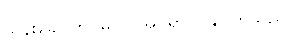
သန်းခေါင်တိုင်မှပင် အိပ်ရာဝင်နိုင်ကြသည်။